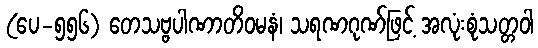
(ပေ-၅၅၆) တေသဗ္ဗပါဏာတိဝမနံ၊ သရဏဂုဏ်ဖြင့် အလုံးစုံသတ္တဝါ